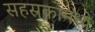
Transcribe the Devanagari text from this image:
सहस्रकामध्ये